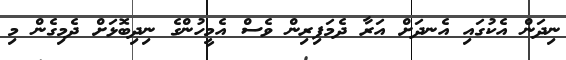
ނިދަން އެކުގައި އެނދަށް އަރާ ދެމަފިރިން ވެސް އެމީހުންގެ ނިދިބޮޅަށް ދެމިގެން މި